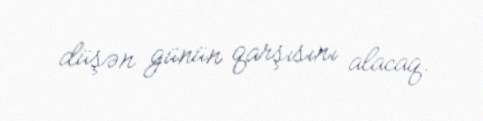
düşən günün qarşısını alacaq.